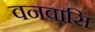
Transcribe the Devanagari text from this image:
वनवासि